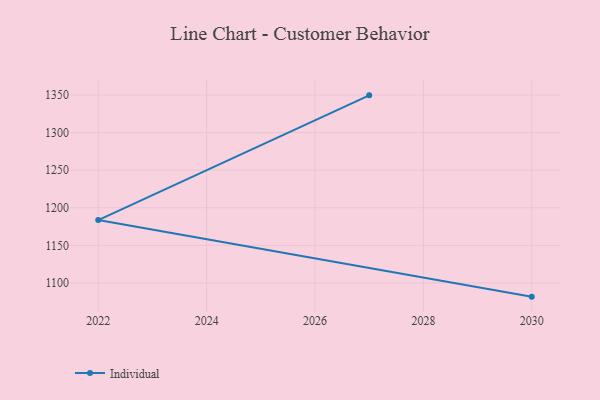
{"axis": {"x": "Year", "y": "Backlog"}, "legend": ["Individual"], "data": [{"x": "2027", "y": 1349.5, "type": "Individual"}, {"x": "2022", "y": 1183.6, "type": "Individual"}, {"x": "2030", "y": 1081.8, "type": "Individual"}]}